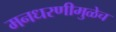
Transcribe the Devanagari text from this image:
मनधरणीमुळेच